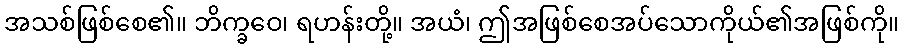
အသစ်ဖြစ်စေ၏။ ဘိက္ခဝေ၊ ရဟန်းတို့။ အယံ၊ ဤအဖြစ်စေအပ်သောကိုယ်၏အဖြစ်ကို။